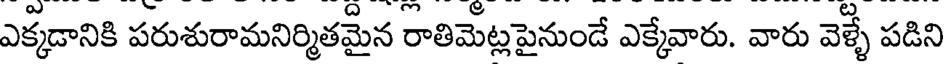
ఎక్కడానికి పరుశురామనిర్మితమైన రాతిమెట్లపైనుండే ఎక్కేవారు. వారు వెళ్ళే పడిని